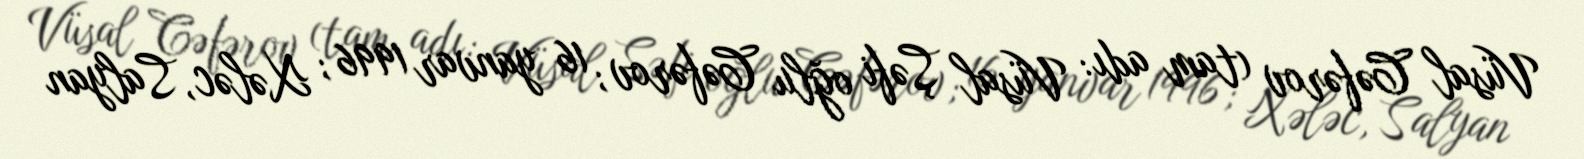
Vüsal Cəfərov (tam adı: Vüsal Şəfi oğlu Cəfərov; 16 yanvar 1996; Xələc, Salyan